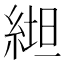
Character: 𱹶